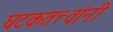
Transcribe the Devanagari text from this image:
घटकतत्त्वांनी